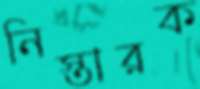
নিস্তারক